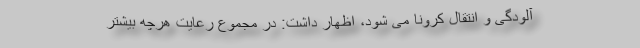
آلودگی و انتقال کرونا می شود، اظهار داشت: در مجموع رعایت هرچه بیشتر